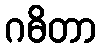
ဂဓိတာ